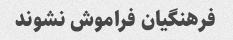
فرهنگیان فراموش نشوند